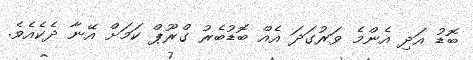
ބޮޑު އަދި އެންމެ ވަރުގަދަ އެއް ބޮޑުބެރު ގްރޫޕް ކަމަށް އޭނާ ދެކެއެވެ.